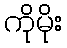
ကိုမိုး